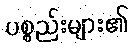
ပစ္စည်းများ၏